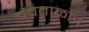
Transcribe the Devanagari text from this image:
चंवताळलं